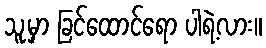
သူ့မှာ ခြင်ထောင်ရော ပါရဲ့လား။